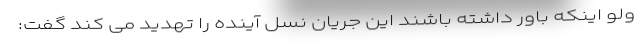
ولو اینکه باور داشته باشند این جریان نسل آینده را تهدید می کند گفت: